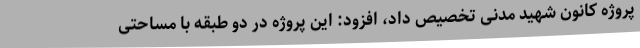
پروژه کانون شهید مدنی تخصیص داد، افزود: این پروژه در دو طبقه با مساحتی